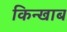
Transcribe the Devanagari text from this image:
किन्खाब